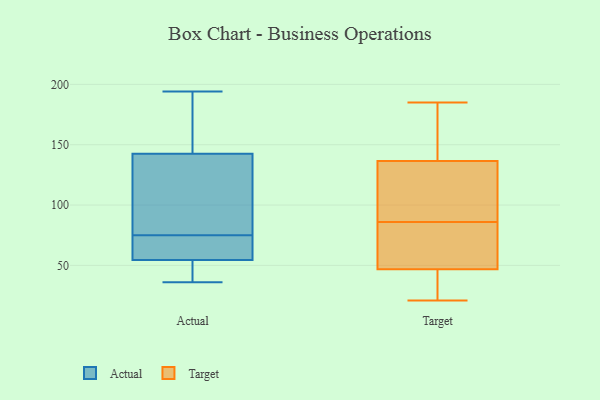
{"axis": {"x": "Net Income (USD K)", "y": "Value"}, "legend": ["Actual", "Target"], "data": [{"x": "", "y": 75, "type": "Actual"}, {"x": "", "y": 99, "type": "Actual"}, {"x": "", "y": 37, "type": "Actual"}, {"x": "", "y": 142, "type": "Actual"}, {"x": "", "y": 144, "type": "Actual"}, {"x": "", "y": 166, "type": "Actual"}, {"x": "", "y": 57, "type": "Actual"}, {"x": "", "y": 125, "type": "Actual"}, {"x": "", "y": 162, "type": "Actual"}, {"x": "", "y": 75, "type": "Actual"}, {"x": "", "y": 59, "type": "Actual"}, {"x": "", "y": 47, "type": "Actual"}, {"x": "", "y": 57, "type": "Actual"}, {"x": "", "y": 92, "type": "Actual"}, {"x": "", "y": 39, "type": "Actual"}, {"x": "", "y": 36, "type": "Actual"}, {"x": "", "y": 194, "type": "Actual"}, {"x": "", "y": 86, "type": "Target"}, {"x": "", "y": 29, "type": "Target"}, {"x": "", "y": 162, "type": "Target"}, {"x": "", "y": 99, "type": "Target"}, {"x": "", "y": 138, "type": "Target"}, {"x": "", "y": 132, "type": "Target"}, {"x": "", "y": 101, "type": "Target"}, {"x": "", "y": 21, "type": "Target"}, {"x": "", "y": 91, "type": "Target"}, {"x": "", "y": 42, "type": "Target"}, {"x": "", "y": 185, "type": "Target"}, {"x": "", "y": 72, "type": "Target"}, {"x": "", "y": 49, "type": "Target"}, {"x": "", "y": 68, "type": "Target"}, {"x": "", "y": 66, "type": "Target"}, {"x": "", "y": 29, "type": "Target"}, {"x": "", "y": 46, "type": "Target"}, {"x": "", "y": 138, "type": "Target"}, {"x": "", "y": 165, "type": "Target"}]}